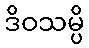
ဒိဝသမ္ပိ